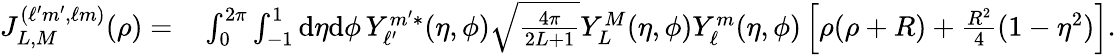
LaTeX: \begin{array}{rl}{J_{L,M}^{(\ell^{\prime}m^{\prime},\ell m)}(\rho)=}&{{}\int_{0}^{2\pi}\int_{-1}^{1}\mathrm{d}\eta\mathrm{d}\phi\, Y_{\ell^{\prime}}^{m^{\prime}*}(\eta,\phi)\sqrt{\frac{4\pi}{2L+1}}Y_{L}^{M}(\eta,\phi)Y_{\ell}^{m}(\eta,\phi)\left[\rho(\rho+R)+\frac{R^{2}}{4}(1-\eta^{2})\right].}\end{array}